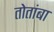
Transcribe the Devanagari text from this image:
तोतांबा